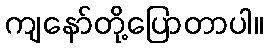
ကျနော်တို့ပြောတာပါ။